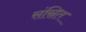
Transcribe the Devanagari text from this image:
संस्रित